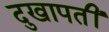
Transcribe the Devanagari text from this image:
दुखापतीं